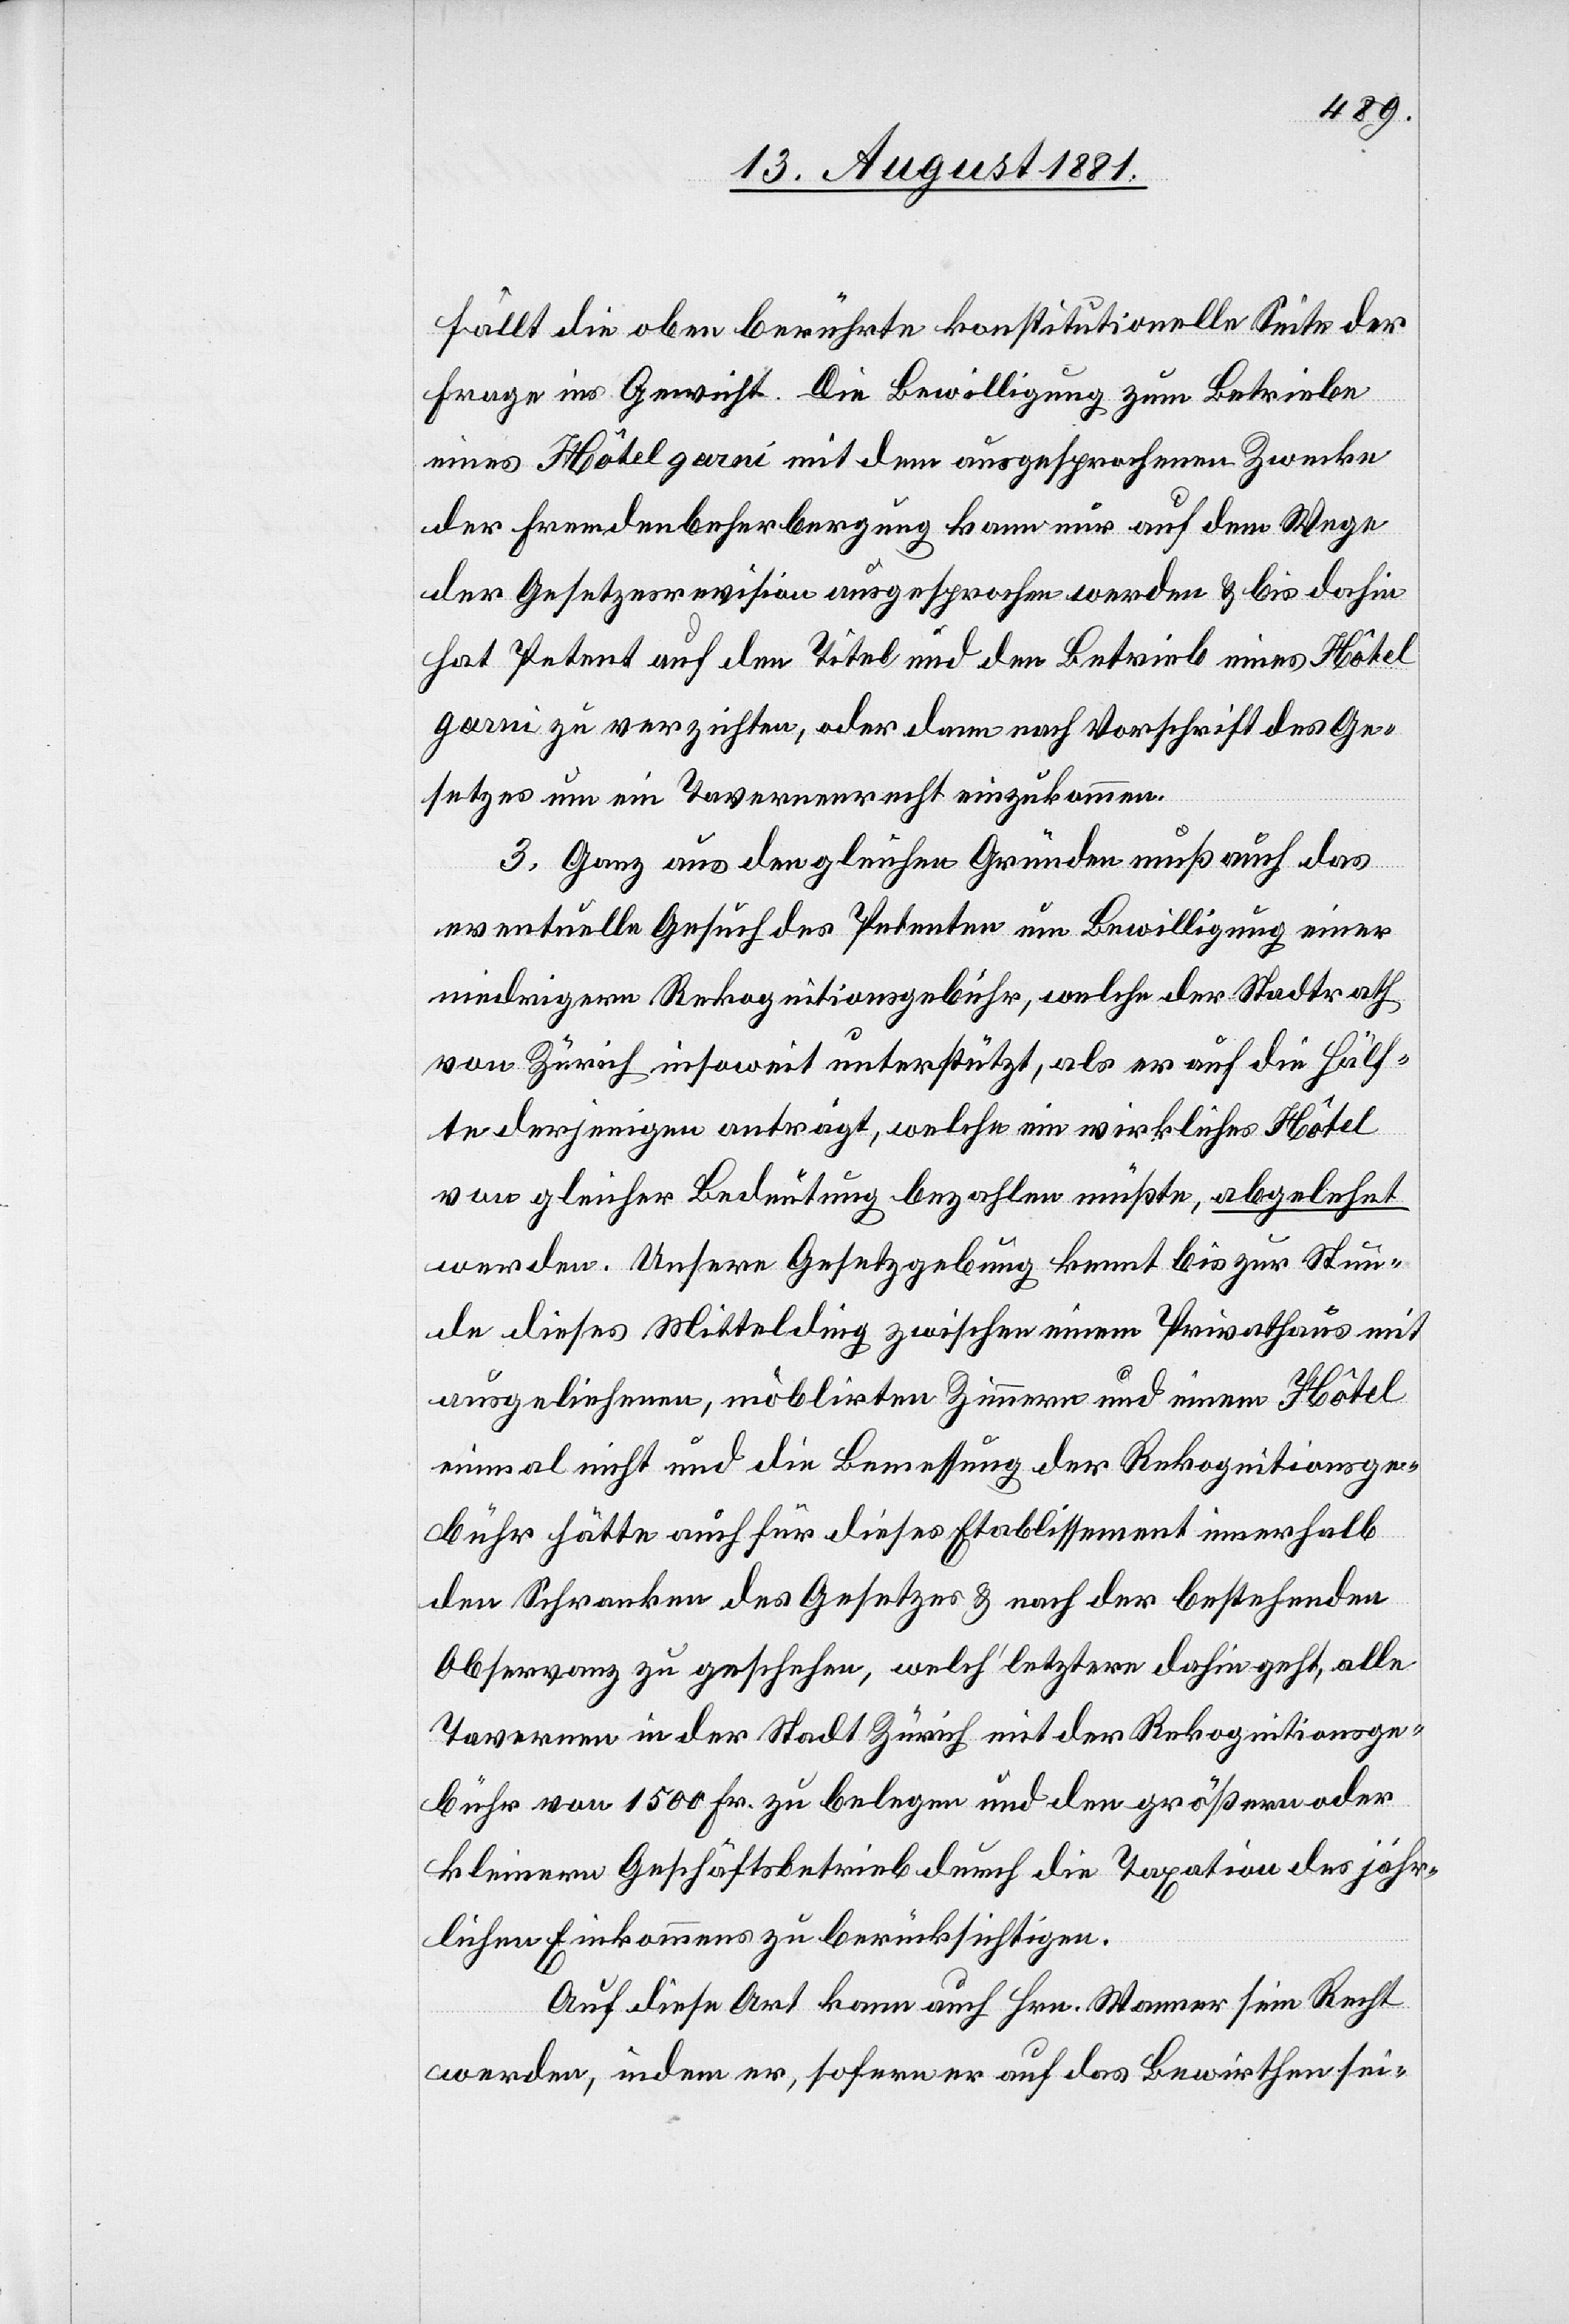
fällt die oben berührte konstitutionelle Seite der
Frage ins Gewicht. Die Bewilligung zum Betriebe
eines Hôtel garni mit dem ausgesprochenen Zwecke
der Fremdenbeherbergung kann nur auf dem Wege
der Gesetzesrevision ausgesprochen werden & bis dahin
hat Petent auf den Titel und den Betrieb eines Hôtel
garni zu verzichten, oder dann nach Vorschrift des Ge¬
setzes um ein Tavernenrecht einzukommen.
3. Ganz aus den gleichen Gründen muß auch das
eventuelle Gesuch des Petenten um Bewilligung einer
niedigern Rekognitionsgebühr, welche der Stadtrath
von Zürich insoweit unterstützt, als er auf die Hälf¬
te derjenigen anträgt, welche ein wirkliches Hôtel
von gleicher Bedeutung bezahlen müßte, abgelehnt
werden. Unsere Gesetzgebung kennt bis zur Stun¬
de dieses Mittelding zwischen einem Privathaus mit
ausgeliehenen, möblirten Zimmern und einem Hôtel
einmal nicht und die Bemessung der Rekognitionsge¬
bühr hätte auch für dieses Etablissement innerhalt
den Schranken des Gesetzes & nach der bestehenden
Observanz zu geschehen, welch‘ letztern dahin geht, alle
Tavernen in der Stadt Zürich mit der Rekognitionsge¬
bühr von 1500 Fr. zu belegen und den größern oder
kleinern Geschäftsbetrieb durch die Taxation der jähr¬
lichen Einkommen zu berücksichtigen.
Auf diese Art kann auch Hrn. Wanner sein Recht
werden, indem er, sofern er auf das Bewirthen sei-